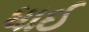
ધાઈ